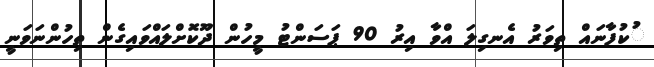
ުކުފާނައް ތިވަރު އެނގިލަ އްވާ އިރު 90 ޕަސަންޓު މީހުން ދޫކޮށްލައްވައިގެން ތިހުންނަވަނީ